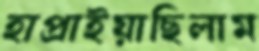
হাপ্‌রাইয়াছিলাম